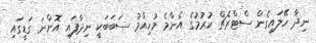
ނިދާ ހޭލައިގެން ސްޓްރެޗް ކުުރުމުގެ އެންމެ މުހިއްމު ސަބަބަކީ ނިދާފައި އޮންނަ ގަޑީގައި